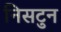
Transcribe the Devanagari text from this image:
निसटुन